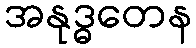
အနုဒ္ဓတေန